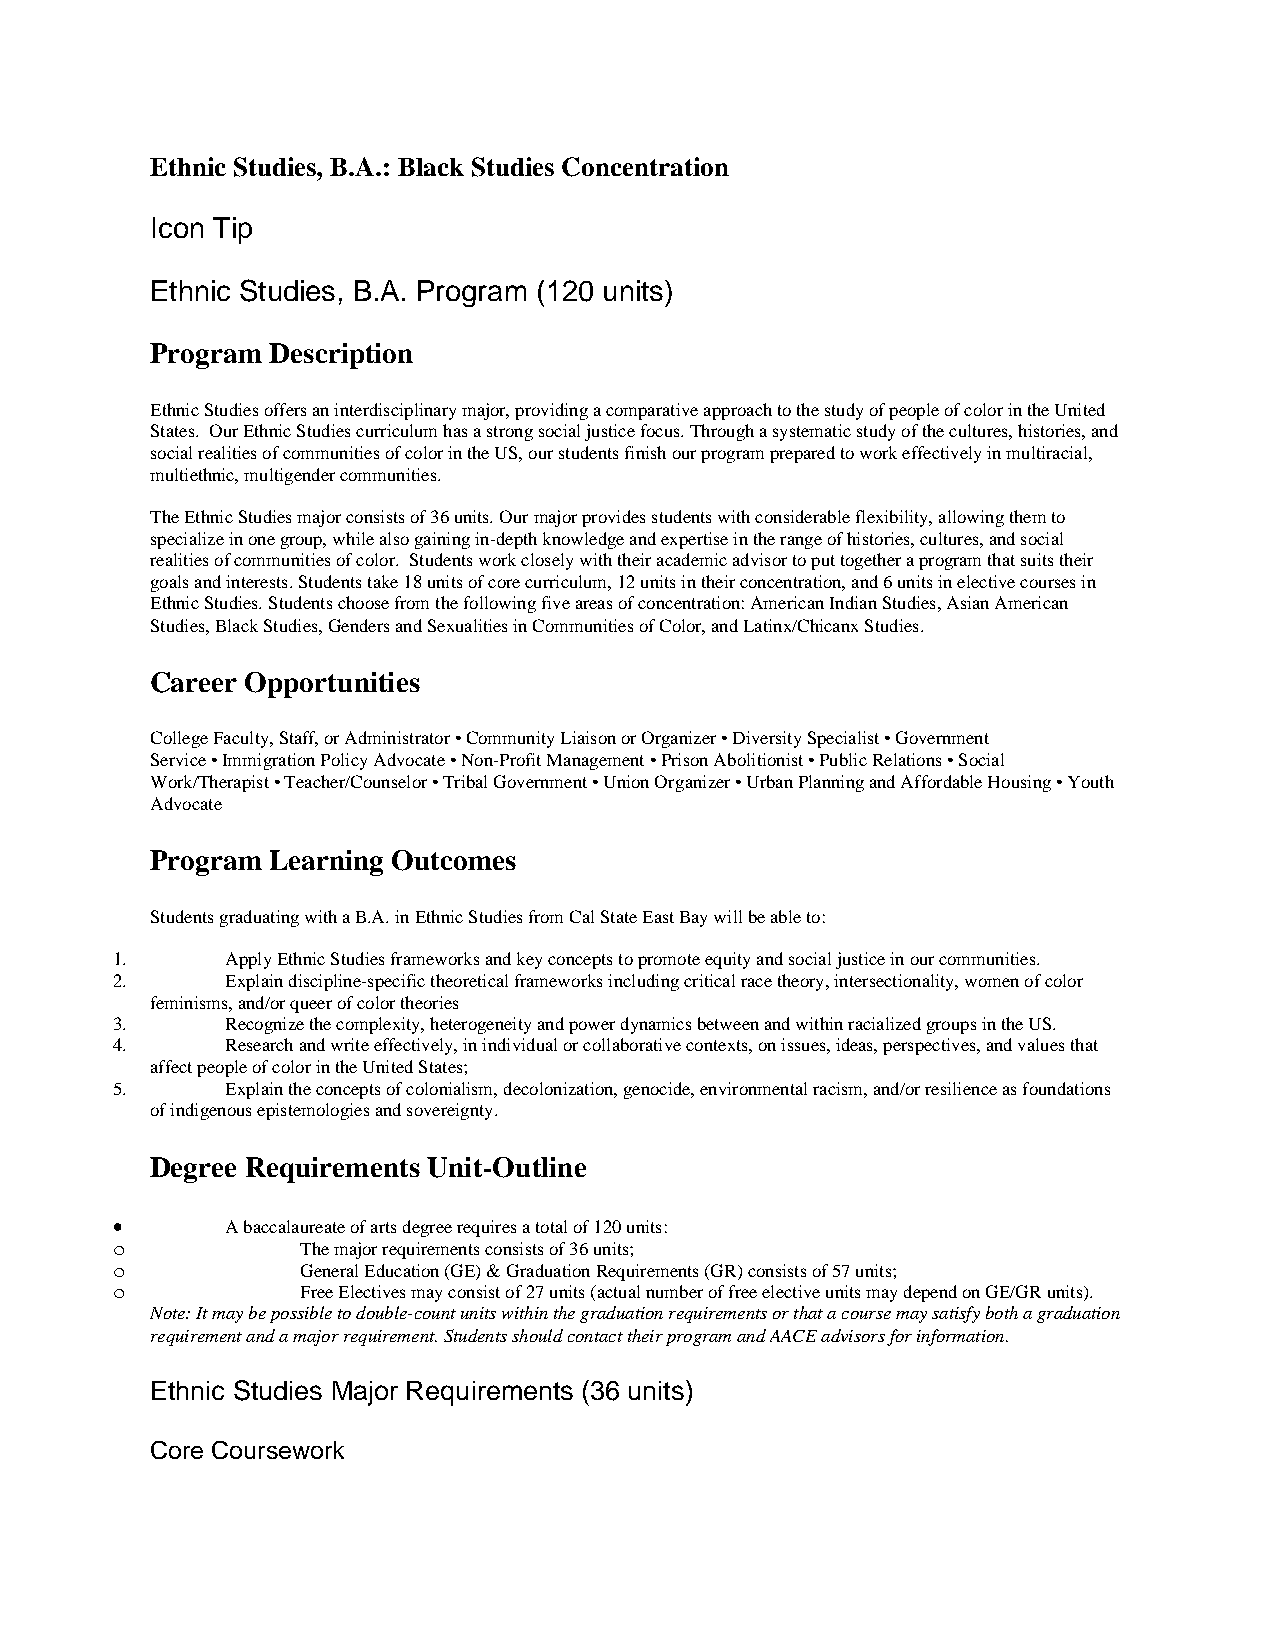
Ethnic Studies, B.A.: Black Studies Concentration
 Icon Tip
 Ethnic Studies, B.A. Program (120 units)
 Program Description
 Ethnic Studies offers an interdisciplinary major, providing a comparative approach to the study of people of color in the United
 States. Our Ethnic Studies curriculum has a strong social justice focus. Through a systematic study of the cultures, histories, and
 social realities of communities of color in the US, our students finish our program prepared to work effectively in multiracial,
 multiethnic, multigender communities.
 The Ethnic Studies major consists of 36 units. Our major provides students with considerable flexibility, allowing them to
 specialize in one group, while also gaining in-depth knowledge and expertise in the range of histories, cultures, and social
 realities of communities of color. Students work closely with their academic advisor to put together a program that suits their
 goals and interests. Students take 18 units of core curriculum, 12 units in their concentration, and 6 units in elective courses in
 Ethnic Studies. Students choose from the following five areas of concentration: American Indian Studies, Asian American
 Studies, Black Studies, Genders and Sexualities in Communities of Color, and Latinx/Chicanx Studies.
 Career Opportunities
 College Faculty, Staff, or Administrator • Community Liaison or Organizer • Diversity Specialist • Government
 Service • Immigration Policy Advocate • Non-Profit Management • Prison Abolitionist • Public Relations • Social
 Work/Therapist • Teacher/Counselor • Tribal Government • Union Organizer • Urban Planning and Affordable Housing • Youth
 Advocate
 Program Learning Outcomes
 Students graduating with a B.A. in Ethnic Studies from Cal State East Bay will be able to:
 1.      Apply Ethnic Studies frameworks and key concepts to promote equity and social justice in our communities.
 2.      Explain discipline-specific theoretical frameworks including critical race theory, intersectionality, women of color
 feminisms, and/or queer of color theories
 3.      Recognize the complexity, heterogeneity and power dynamics between and within racialized groups in the US.
 4.      Research and write effectively, in individual or collaborative contexts, on issues, ideas, perspectives, and values that
 affect people of color in the United States;
 5.      Explain the concepts of colonialism, decolonization, genocide, environmental racism, and/or resilience as foundations
 of indigenous epistemologies and sovereignty.
 Degree Requirements Unit-Outline
 •       A baccalaureate of arts degree requires a total of 120 units:
 o            The major requirements consists of 36 units;
 o            General Education (GE) & Graduation Requirements (GR) consists of 57 units;
 o            Free Electives may consist of 27 units (actual number of free elective units may depend on GE/GR units).
 Note: It may be possible to double-count units within the graduation requirements or that a course may satisfy both a graduation
 requirement and a major requirement. Students should contact their program and AACE advisors for information.
 Ethnic Studies Major Requirements (36 units)
 Core Coursework